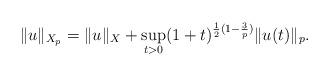
LaTeX: \begin{align*}\|u\|_{X_p}=\|u\|_X + \sup_{t>0} (1+t)^{\frac{1}{2}(1-\frac{3}{p})}\|u(t)\|_p.\end{align*}